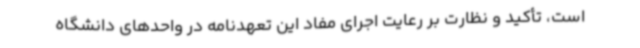
است، تأکید و نظارت بر رعایت اجرای مفاد این تعهدنامه در واحدهای دانشگاه